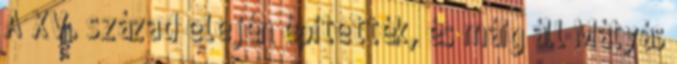
A XV. század elején építették, és máig áll Mátyás